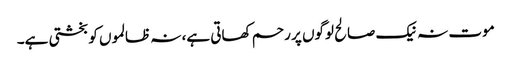
موت نہ نیک صالح لوگوں پر رحم کھاتی ہے، نہ ظالموں کو بخشتی ہے۔